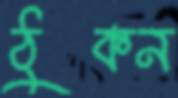
ঠুকন